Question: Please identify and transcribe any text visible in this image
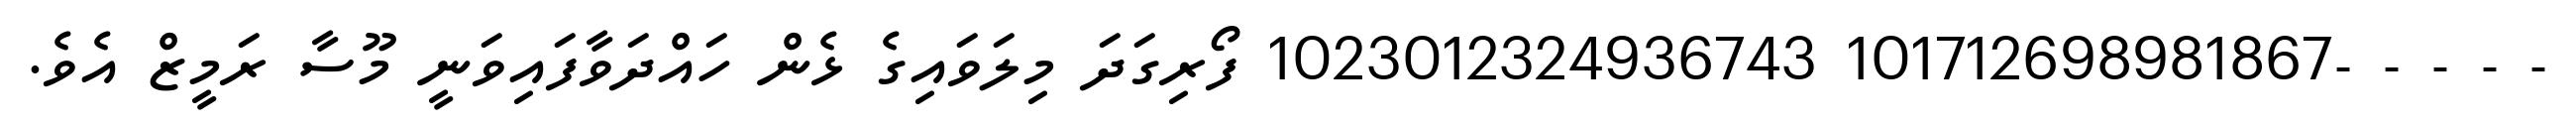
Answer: - - - - -101712698981867 1023012324936743 ފޯރިގަދަ މިލަވައިގެ ޅެން ހައްދަވާފައިވަނީ މޫސާ ރަމީޒް އެވެ.